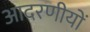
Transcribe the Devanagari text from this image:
आदरणीयों